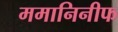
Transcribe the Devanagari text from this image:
ममानिनीफ